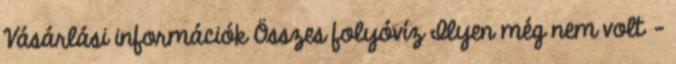
Vásárlási információk Összes folyóvíz Ilyen még nem volt –